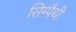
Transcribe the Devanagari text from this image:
सिम्पैथी